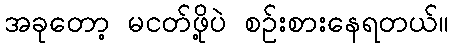
အခုတော့ မငတ်ဖို့ပဲ စဥ်းစားနေရတယ်။